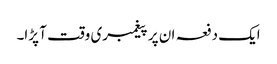
ایک دفعہ ان پر پیغمبری وقت آ پڑا۔